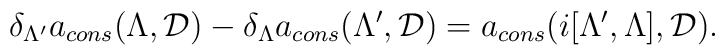
\delta_{\Lambda'}a_{cons}(\Lambda,{\cal D})- \delta_{\Lambda}a_{cons}(\Lambda',{\cal D})= a_{cons}(i[\Lambda',\Lambda],{\cal D})  .